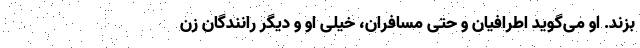
بزند. او می‌گوید اطرافیان و حتی مسافران، خیلی او و دیگر رانندگان زن